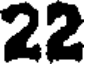
22